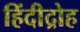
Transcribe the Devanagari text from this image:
हिंदीद्रोह